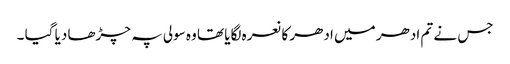
جس نے تم ادھر میں ادھر کا نعرہ لگایا تھا وہ سولی پہ چڑھا دیا گیا ۔